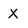
Character: X